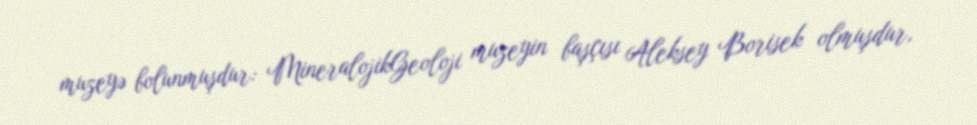
muzeyə bolunmuşdur: MineralojikGeoloji muzeyin başçısı Aleksey Borisek olmuşdur,